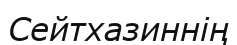
Сейтхазиннің